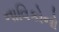
નાવિકોનો